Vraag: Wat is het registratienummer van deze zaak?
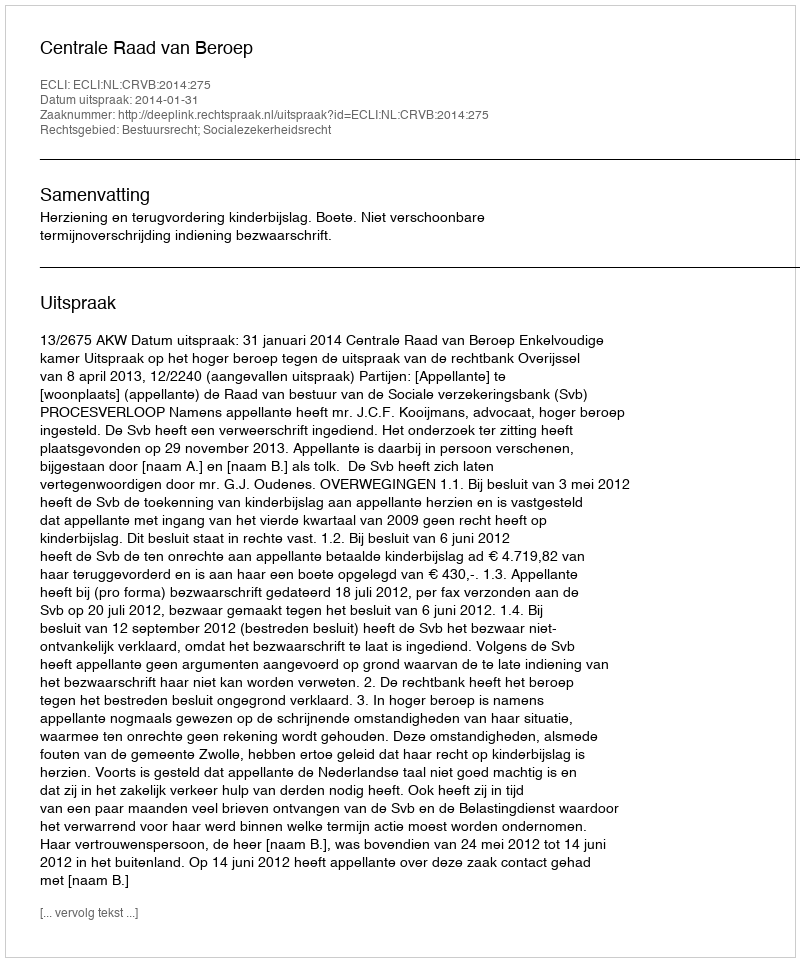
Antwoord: http://deeplink.rechtspraak.nl/uitspraak?id=ECLI:NL:CRVB:2014:275